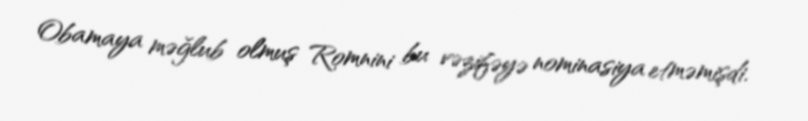
Obamaya məğlub olmuş Romnini bu vəzifəyə nominasiya etməmişdi.